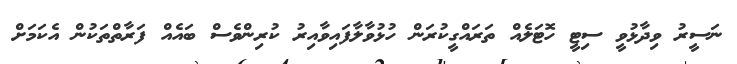
ނަސީރު ވިދާޅުވީ ސިޓީ ހޮޓަލެއް ތަރައްގީކުރަން ހުޅުވާލާފައިވާއިރު ކުރިންވެސް ބައެއް ފަރާތްތަކުން އެކަމަށް